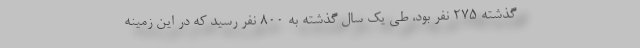
گذشته ۲۷۵ نفر بود، طی یک سال گذشته به ۸۰۰ نفر رسید که در این زمینه